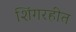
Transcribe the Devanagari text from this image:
शिंगरहीत